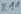
Text: R1